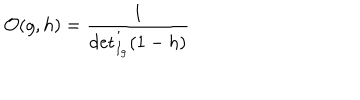
LaTeX: { \cal O } ( g , h ) = \frac { 1 } { \det _ { I _ { g } } ^ { \prime } ( 1 - h ) }